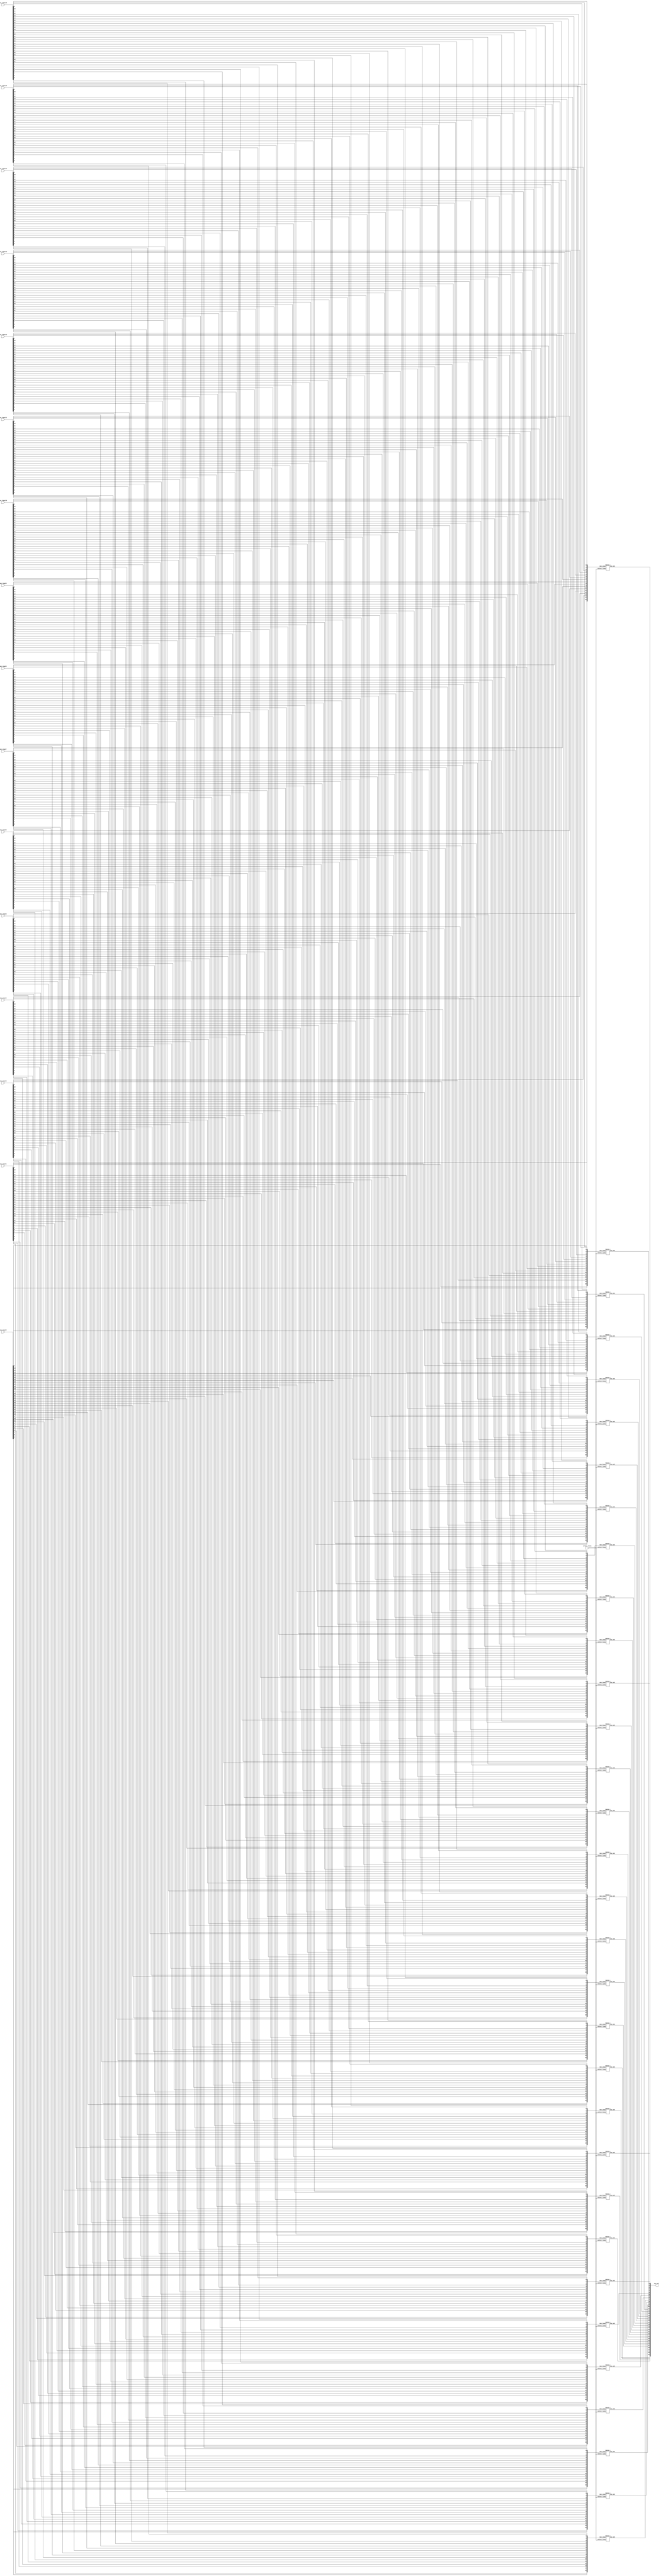
// This program was cloned from: https://github.com/Shiva9361/Simple_Processor
// License: MIT License

/*
    Verilog does not support arrays in ports
*/
module MUX16_1_32(mux_input1,mux_input2,mux_input3,mux_input4,mux_input5,mux_input6,mux_input7,mux_input8,mux_input9,mux_input10,mux_input11,mux_input12,mux_input13,mux_input14,mux_input15,mux_input16,mux_out,select_lines);
    
    input  [31:0] mux_input1,mux_input2,mux_input3,mux_input4,mux_input5,mux_input6,mux_input7,mux_input8,mux_input9,mux_input10,mux_input11,mux_input12,mux_input13,mux_input14,mux_input15,mux_input16;
    wire [31:0] mux_input [15:0];
    assign mux_input[0] = mux_input1;
    assign mux_input[1] = mux_input2;
    assign mux_input[2] = mux_input3;
    assign mux_input[3] = mux_input4;
    assign mux_input[4] = mux_input5;
    assign mux_input[5] = mux_input6;
    assign mux_input[6] = mux_input7;
    assign mux_input[7] = mux_input8;
    assign mux_input[8] = mux_input9;
    assign mux_input[9] = mux_input10;
    assign mux_input[10] = mux_input11;
    assign mux_input[11] = mux_input12;
    assign mux_input[12] = mux_input13;
    assign mux_input[13] = mux_input14;
    assign mux_input[14] = mux_input15;
    assign mux_input[15] = mux_input16;
    output [31:0] mux_out;
    input [3:0] select_lines;
    genvar i;
    generate
    for (i=0;i<32;i=i+1) begin
        MUX16_1 mux({mux_input[0][i], mux_input[1][i], mux_input[2][i], mux_input[3][i], mux_input[4][i], mux_input[5][i], mux_input[6][i], mux_input[7][i], mux_input[8][i], mux_input[9][i], mux_input[10][i], mux_input[11][i], mux_input[12][i], mux_input[13][i], mux_input[14][i], mux_input[15][i]},mux_out[i],select_lines);
    end
    endgenerate
endmodule

module MUX16_1(mux_input,mux_out,select_lines);
    input [15:0] mux_input;
    output mux_out;
    input [3:0] select_lines;
    wire s0,s1,s2;
    wire [1:0] out;
    assign s0 = select_lines[3];
    MUX8_1 mux161(mux_input[15:8],out[0],select_lines[2:0]);
    MUX8_1 mux162(mux_input[7:0],out[1],select_lines[2:0]);
    MUX2_1 mux163(out,mux_out,s0);
endmodule

module MUX2_1(mux_input,mux_out,select_lines);
    input [1:0] mux_input;
    output mux_out;
    input select_lines;
    wire s0,s1,s2;
    not(s0,select_lines);
    and(s1,mux_input[0],s0);
    and(s2,mux_input[1],select_lines);
    or (mux_out,s1,s2);
endmodule
module MUX2_1_inv(mux_input,mux_out,select_lines);
    input [1:0] mux_input;
    output mux_out;
    input select_lines;
    wire s0,s1,s2;
    not(s0,select_lines);
    and(s1,mux_input[0],select_lines);
    and(s2,mux_input[1],s0);
    or (mux_out,s1,s2);
endmodule

module MUX4_1(mux_input,mux_out,select_lines);
    input [3:0] mux_input;
    output mux_out;
    input [1:0]select_lines;
    wire s0,s1;
    wire [1:0]out;
    assign s0 = select_lines[0];
    assign s1 = select_lines[1];
    MUX2_1_inv mux41(mux_input[3:2],out[0],s0);
    MUX2_1_inv mux42(mux_input[1:0],out[1],s0);
    MUX2_1 mux43(out,mux_out,s1);
    
endmodule

module MUX8_1(mux_input,mux_out,select_lines);
    input [7:0] mux_input;
    output mux_out;
    input [2:0] select_lines;
    wire s0,s1,s2;
    wire [1:0] out;
    assign s0 = select_lines[2];
    MUX4_1 mux81(mux_input[7:4],out[0],select_lines[1:0]);
    MUX4_1 mux82(mux_input[3:0],out[1],select_lines[1:0]);
    MUX2_1 mux83(out,mux_out,s0);
endmodule